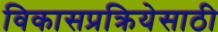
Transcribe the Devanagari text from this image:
विकासप्रक्रियेसाठी